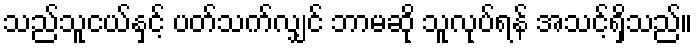
သည်သူငယ်နှင့် ပတ်သက်လျှင် ဘာမဆို သူလုပ်ရန် အသင့်ရှိသည်။